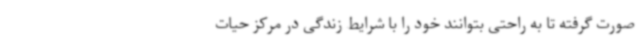
صورت گرفته تا به راحتی بتوانند خود را با شرایط زندگی در مرکز حیات